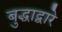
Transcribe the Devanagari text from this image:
बुद्धाद्वारे